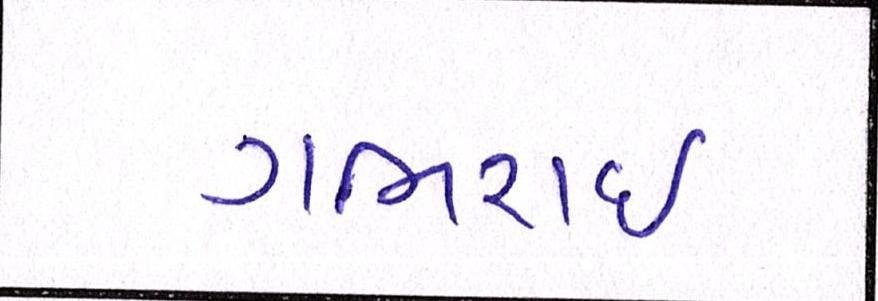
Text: ગભરાઇ